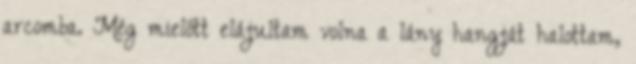
arcomba. Még mielőtt elájultam volna a lány hangját halottam,